Annual administration report of the Civil Veterinary Department of India - 1893-1894
Year: 1893
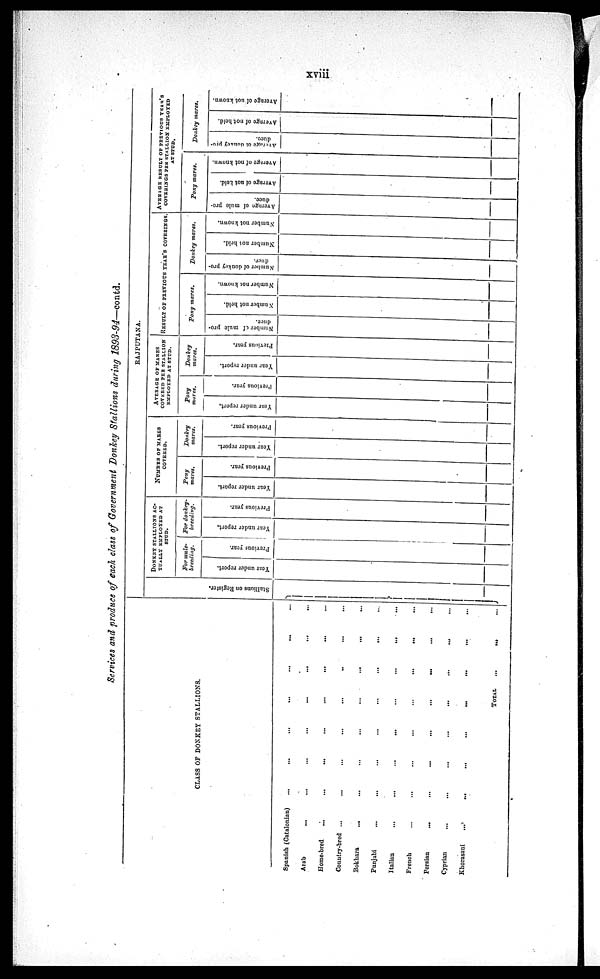
xviii
Services and produce of each class of Government Donkey Stallions during 1893-94—contd.
CLASS OF DONKEY STALLIONS.
Spanish (Catalonian) ... ... ... ... ... ... ... ...
Arab
... ... ... ... ... ... ... ... ...
Home-bred
... ... ... ... ... ... ... ... ...
Country-bred ... ... ... ... ... ... ... ... ...
Bokhara
... ... ... ... ... ... ... ... ...
Punjabi
... ... ... ... ... ... ... ... ...
Italian
... ... ... ... ... ... ... ... ...
French ... ... ... ... ... ... ... ...
Persian
... ... ... ... ... ... ... ... ...
Cyprian ... ... ... ... ... ... ... ...
Khorasani ... ... ... ... ... ... ... ...
TOTAL ... ... ...
RAJPUTANA.
St al l
i
ons on Regi s t
er .
DONKRY STALLIONS AC-
TUALLY EMPLOYED AT
STUD.
For mule-
breeding.
Year under report.
Previous year.
For donkey-
breeding.
Year under report.
Previous year.
NUMBER OF MARES
COVERED.
Pony
mares.
Year under report.
Previous year.
Donkey
mares.
Year under report.
Previous year.
AVERAGE OF MARES
COVERED PER STALLION
EMPLOYED AT STUD.
Pony
mares.
Year under report.
Previous year.
Donkey
mares.
Year under report.
Previous
year.
RESULT OF PREVIOUS YEAR'S COVERINGS.
Pony mares.
Number of mule pro-
duce.
Number not held.
Number not known.
Donkey mares.
Number of donkey pro-
duce.
Number not held.
Number not known.
AVERAGE BESOM OF PREVIOUS YEAR'S
COVERINGS PER STALLION EMPLOYED
AT STUD.
Pony mares.
Average of mule pro-
duce.
Average of not held.
Average of not known.
Donkey mares.
Average of donkey pro-
duce.
Average of not held.
Average of not known.